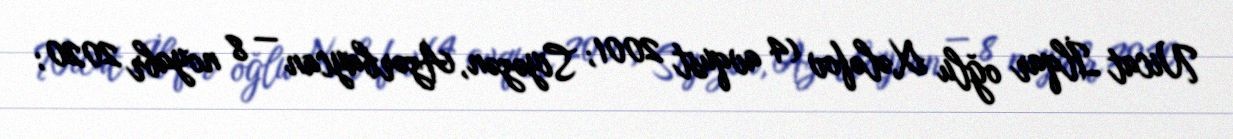
Nicat İlqar oğlu Xələfov (4 avqust 2001; Siyəzən, Azərbaycan — 8 noyabr 2020;